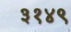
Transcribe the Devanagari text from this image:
३१४९